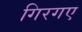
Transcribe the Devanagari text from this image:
गिरगए